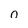
Character: 0